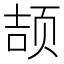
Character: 颉